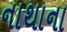
નાથાના